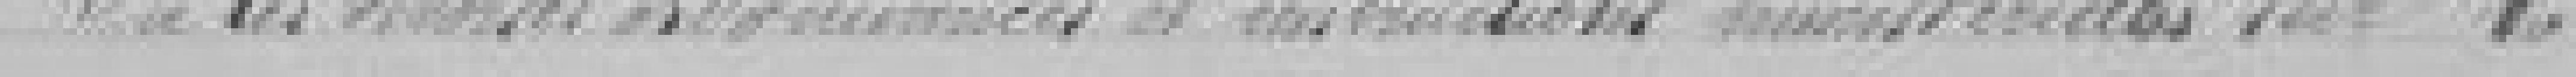
Vu les ? ordinaires et instructions ministérielles sur la